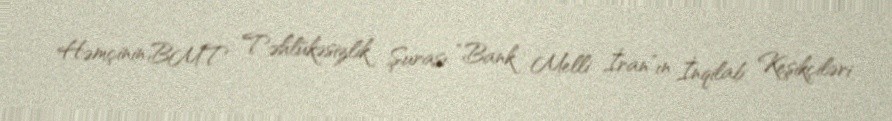
Həmçinin BMT Təhlükəsizlik Şurası “Bank Melli İran”ın İnqilab Keşikçiləri